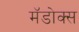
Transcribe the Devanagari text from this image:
मॅडोक्स